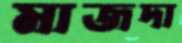
মাজদা